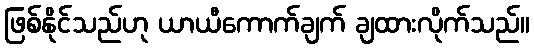
ဖြစ်နိုင်သည်ဟု ယာယီကောက်ချက် ချထားလိုက်သည်။